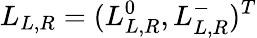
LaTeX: L_{L,R}=(L_{L,R}^{0},L_{L,R}^{-})^{T}